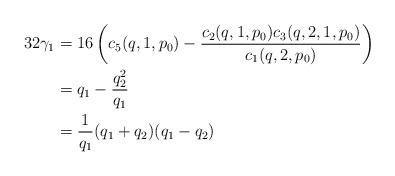
LaTeX: \begin{align*}32\gamma_1 &= 16\left(c_5(q,1,p_0)-\frac{c_2(q,1,p_0)c_3(q,2,1,p_0)}{c_1(q,2,p_0)}\right)\\&=q_1 - \frac{q_2^2}{q_1}\\&= \frac{1}{q_1}(q_1+q_2)(q_1-q_2)\end{align*}